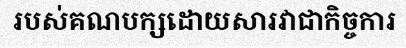
របស់គណបក្សដោយសារវាជាកិច្ចការ